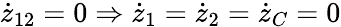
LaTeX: \dot{z}_{12}=0\Rightarrow\dot{z}_{1}=\dot{z}_{2}=\dot{z}_{C}=0